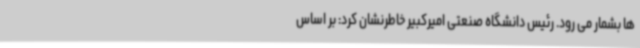
ها بشمار می رود. رئیس دانشگاه صنعتی امیرکبیر خاطرنشان کرد: بر اساس